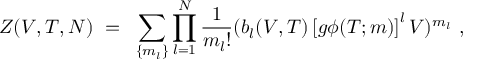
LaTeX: Z ( V , T , N ) ~ = ~ \sum _ { \{ m _ { l } \} } \prod _ { l = 1 } ^ { N } \frac { 1 } { m _ { l } ! } ( b _ { l } ( V , T ) \left[ g \phi ( T ; m ) \right] ^ { l } V ) ^ { m _ { l } } ~ ,